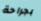
بجراحة